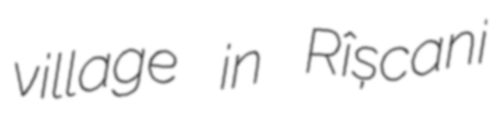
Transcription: village in Rîșcani